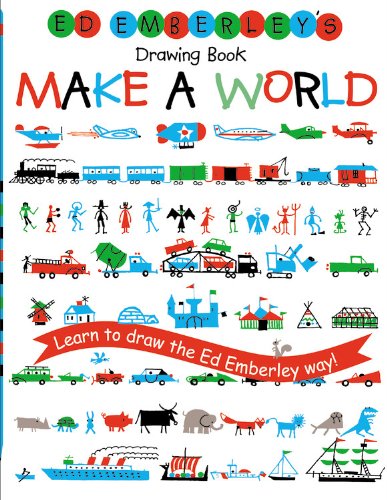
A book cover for Ed Emberley's Drawing Book: Make a World; Ed Emberley; Arts & Photography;